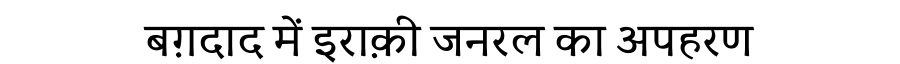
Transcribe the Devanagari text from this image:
बग़दाद में इराक़ी जनरल का अपहरण